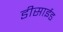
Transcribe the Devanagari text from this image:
डीसाईड